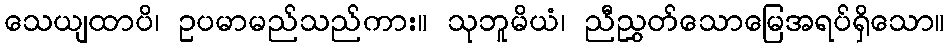
သေယျထာပိ၊ ဥပမာမည်သည်ကား။ သုဘူမိယံ၊ ညီညွှတ်သောမြေအရပ်ရှိသော။